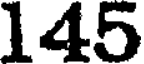
145